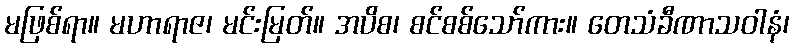
မဖြစ်ရာ။ မဟာရာဇ၊ မင်းမြတ်။ အပိစ၊ စင်စစ်သော်ကား။ တေသံခီဏာသဝါနံ၊